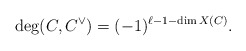
\begin{align*}\deg (C,C^{\vee}) = (-1)^{\ell - 1 -\dim X(C)} .\end{align*}